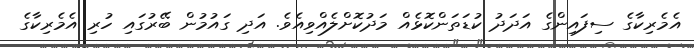
އެމެރިކާގެ ސިފައިންގެ އަދަދު ކުޑަތަންކޮޅެއް މަދުކޮށްލެއްވިއެވެ. އަދި ގައުމުން ބޭރުގައި ހުރި އެމެރިކާގެ